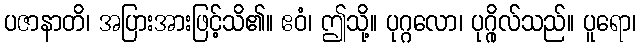
ပဇာနာတိ၊ အပြားအားဖြင့်သိ၏။ ဧဝံ၊ ဤသို့။ ပုဂ္ဂလော၊ ပုဂ္ဂိုလ်သည်။ ပူရော၊